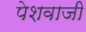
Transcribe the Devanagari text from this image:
पेशवाजी